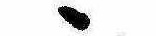
ゝ